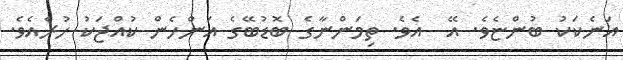
އަނެކަކު ބުންޏެވެ. އޭ  އެވެ. ތިމަންނާގެ ބޮޑުބޭގެ އަންހެން ކުއްޖަކު ހުރެއެވެ.